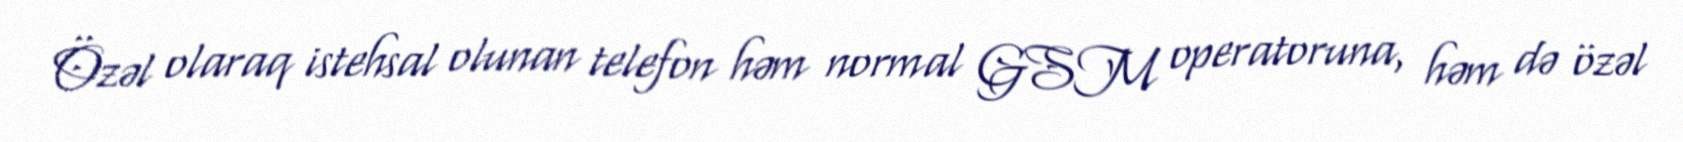
Özəl olaraq istehsal olunan telefon həm normal GSM operatoruna, həm də özəl